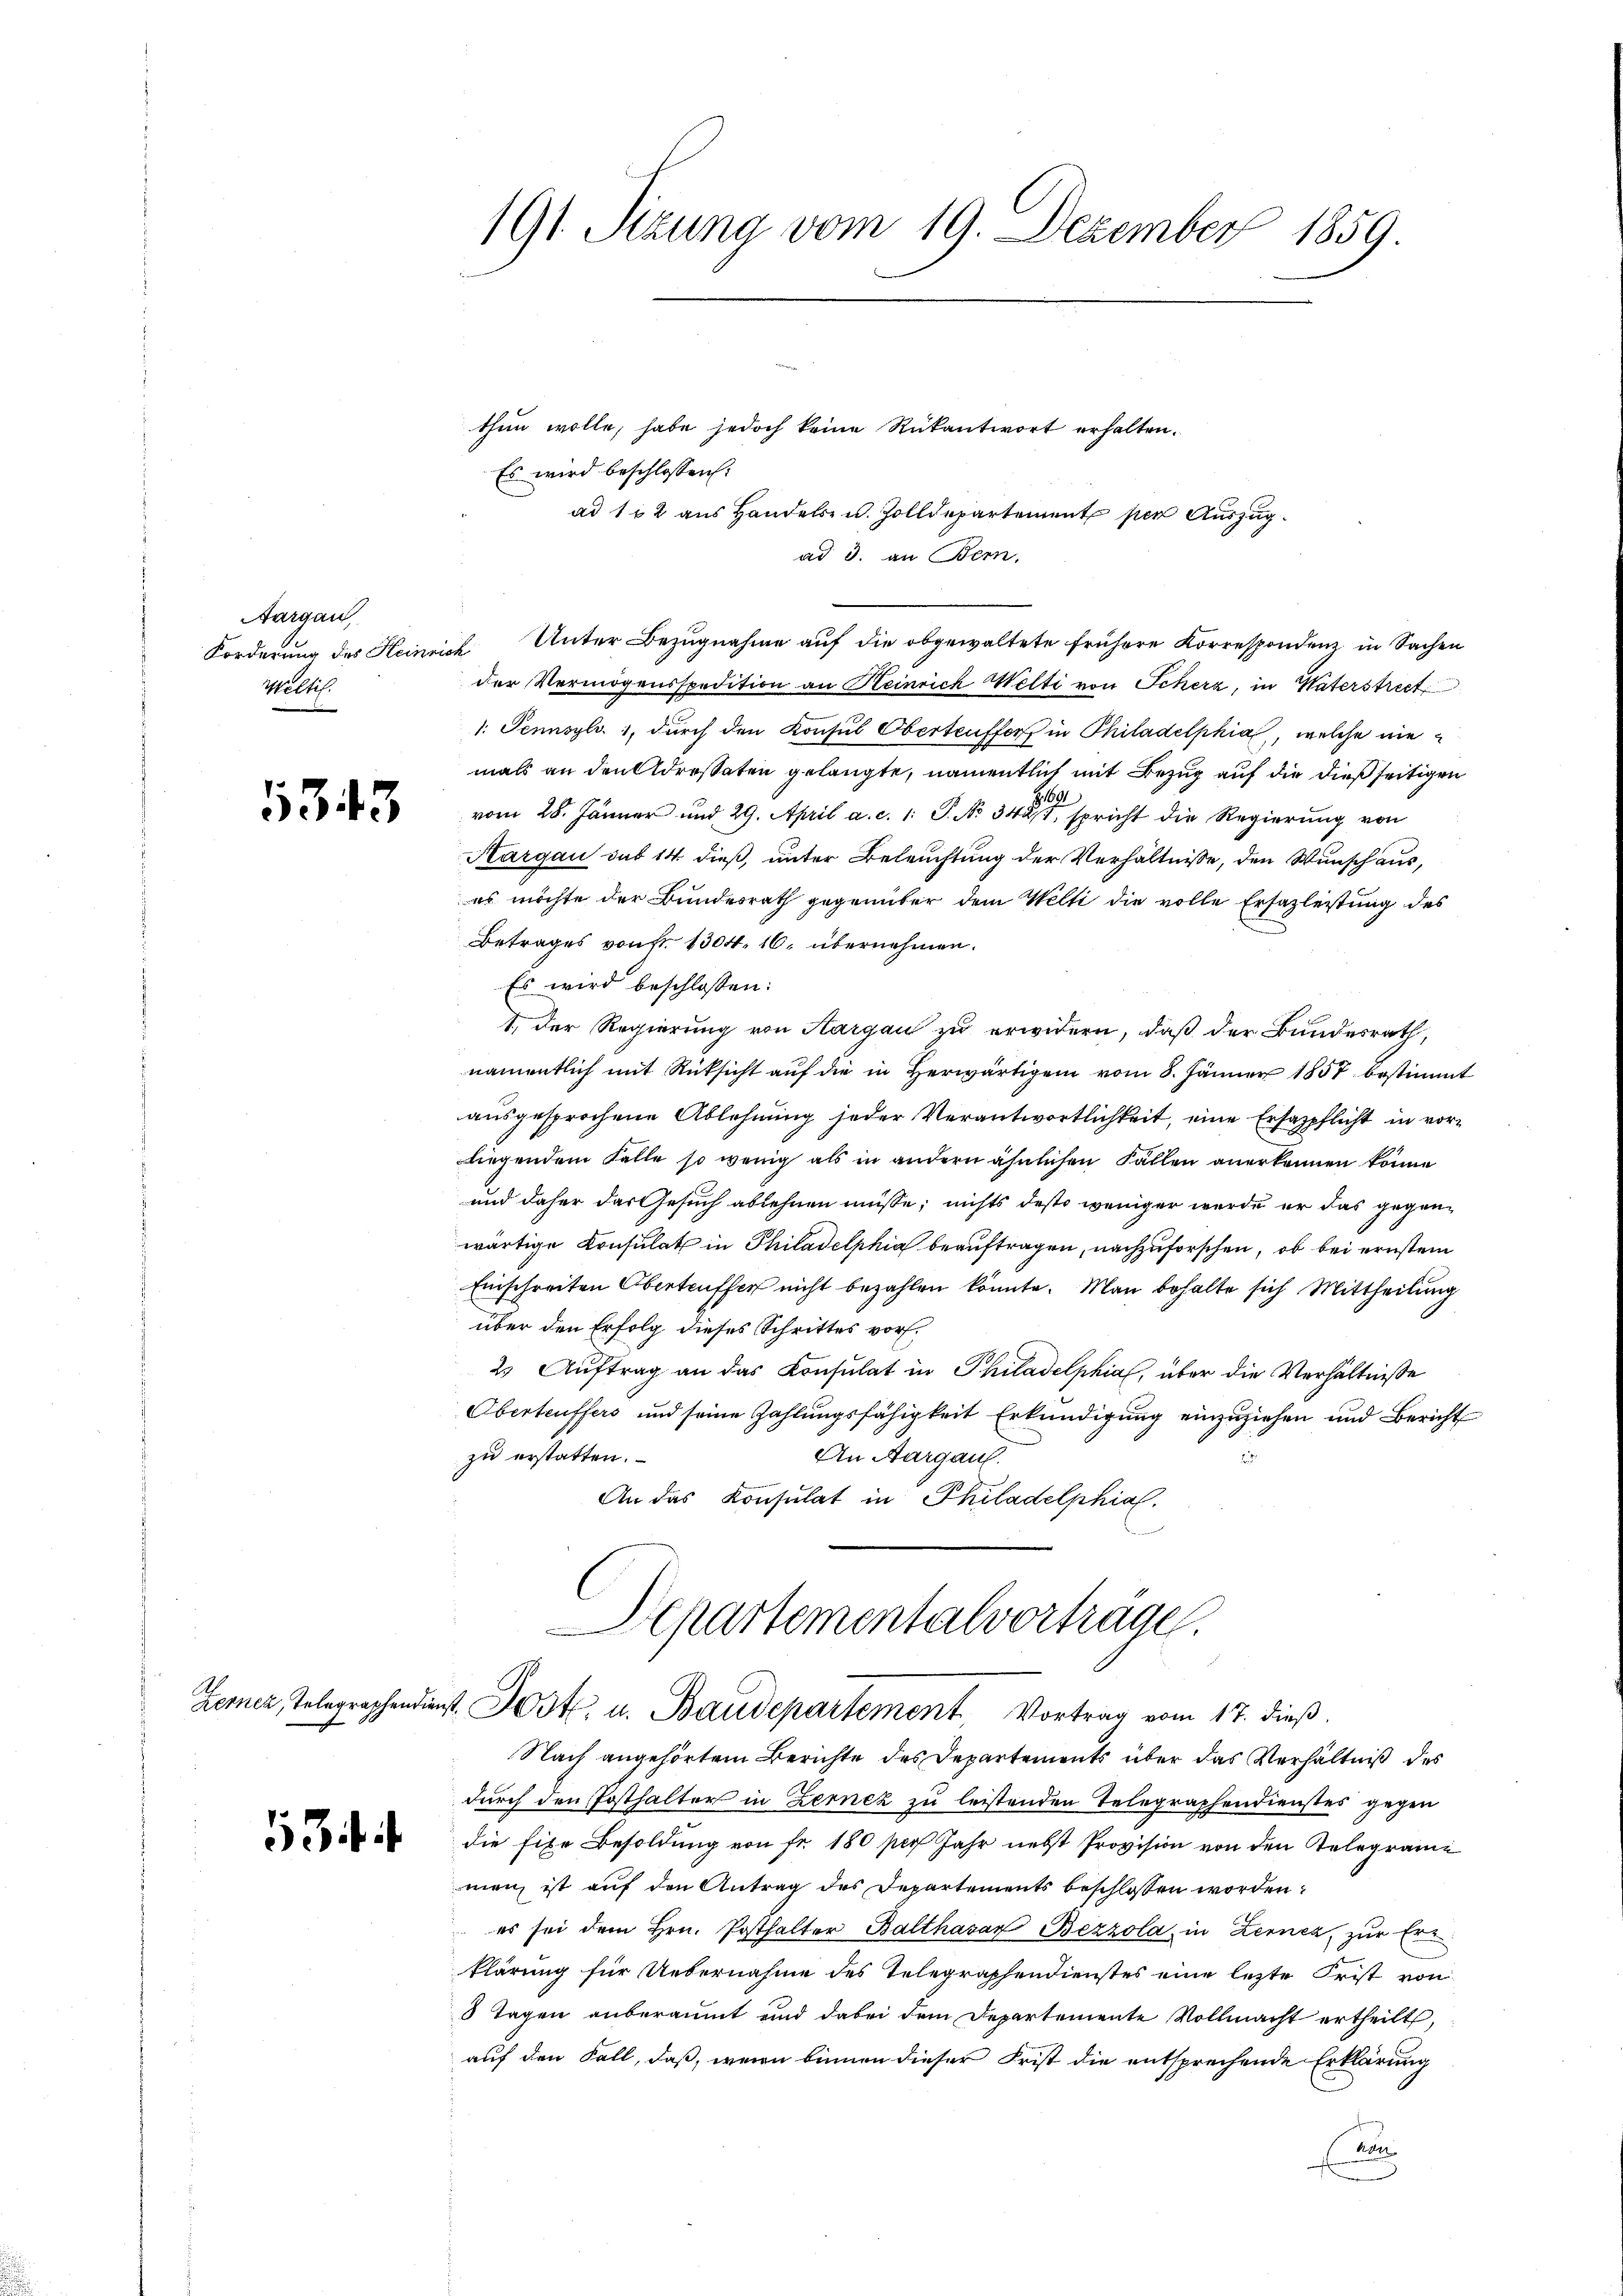
Aargau,
Möltis.

1343

53

191. Sizung vom 19. Dezember 1859.

thun wolle, habe jedoch keine Rükantwort erhalten.
Es wird beschlossen:
ad 112 aus Handels- u. Zolldepartement per Auszug
ad 3. an Bern.
Forderung des Heinrich Unter Bezugnahme auf die obgewaltete frühere Korrespondenz in Sachen
der Vermögensspedition an Heinrich Welti von Scherz, in Vaterstrect
1. Pennsyl. 1, durch den Konsul Oberteufforf in Philadelphia, welche niemals an den Adressaten gelangte, namentlich mit Bezug auf die dießseitigen
.
vom 28. Jänner und 29. April a. c. 1: P. No 344, spricht die Regierung von
Kargau sub 14. dieß, unter Beleuchtung der Verhältnisse, den Wunsch aus,
es möchte der Bundesrath gegenüber dem Welti die volle Ersazleistung des
Betrages von fr. 1304. 16. übernehmen.
Es wird beschlossen:
1, der Regierung von Aargau zu erwidern, daß der Bundesrath,
namentlich mit Rüksicht auf die in Herwärtigen vom 8. Jänner 1857 bestimmt
ausgesprochene Ablehnung jeder Verantwortlichkeit, eine Ersazpflicht in vorliegendem Falle so wenig als in andern ähnlichen Fällen anerkennen könne
und daher das Gesuch ablehnen müsse; nichts desto weniger werde er das gegenwärtige Konsulat in Philadelphia beauftragen, nachzuforschen, ob bei ernstem
Einschreiten Oberteuffer nicht bezahlen könnte. Man behalte sich Mittheilung
über den Erfolg dieses Schrittes vor¬
2. Auftrag an das Konsulat in Philadelphial, über die Verhältnisse
Oberteuffers und seine Zahlungsfähigkeit Erkundigung einzuziehen und Bericht
zu erstatten.
An Aargau.
An das Konsulat in Philadelphial

Departementalvorträge.
Ferner, Telegraphendienst Jost u. Baudepartement. Vortrag vom 17. dieß.

Nach angehörtem Berichte des Departements über das Verhältniß des
durch den Posthalter in Zernez zu leistenden Telegraphendienstes gegen
die fixe Besoldung von fr. 180 per Jahr nebst Provision von den Telegrame
men ist auf den Antrag des Departements beschlossen worden:
 es sei dem Hrn. Posthalter Balthasar Bezzola, in Zernck, zur Er-
klärung für Uebernahme des Telegraphendienstes eine lezte Frist von
8 Tagen anberaumt und dabei dem Departemente Vollmacht ertheilt,
auf den Fall, daß, wenn binnen dieser Frist die entsprechende Erklärung
non